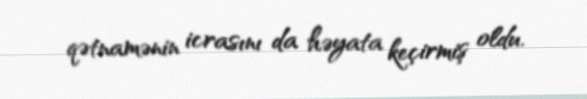
qətnamənin icrasını da həyata keçirmiş oldu.